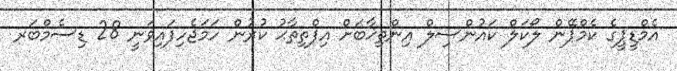
އެމްޑީޕީގެ ކެމްޕޭން ލޯކަލް ކައުންސިލް އިންތިޚާބަށް އިފްތިތާޙު ކުރުން ހަމަޖެހިފައިވަނީ 28 ޑިސެމްބަރ